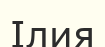
Ілия